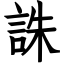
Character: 誅